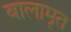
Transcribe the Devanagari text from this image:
बालामृत